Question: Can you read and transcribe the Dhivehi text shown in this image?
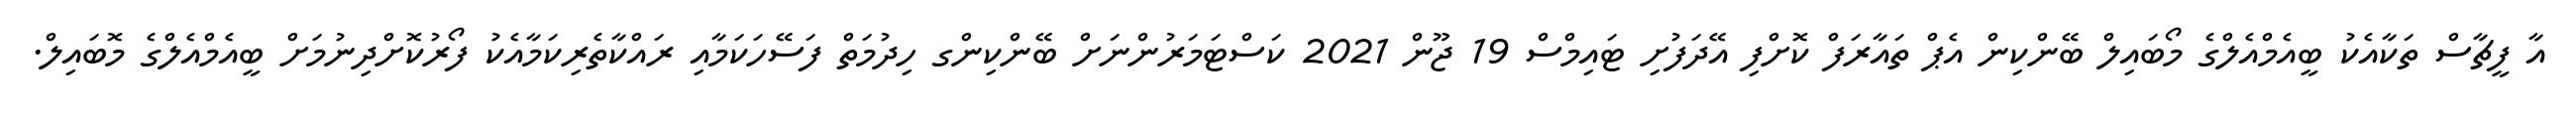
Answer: އާ ފީޗާސް ތަކާއެކު ބީއެމްއެލްގެ މޯބައިލް ބޭންކިން އެޕް ތައާރަފް ކޮށްފި އޭދަފުށި ޓައިމްސް 19 ޖޫން 2021 ކަސްޓަމަރުންނަށް ބޭންކިންގ ހިދުމަތް ފަސޭހަކަމާއި ރައްކާތެރިކަމާއެކު ފޯރުކޮށްދިނުމަށް ބީއެމްއެލްގެ މޮބައިލް.